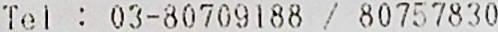
TEL : 03-80709188 / 80757830